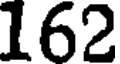
162